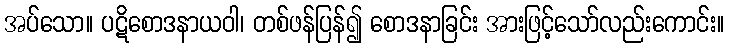
အပ်သော။ ပဋိစောဒနာယဝါ၊ တစ်ဖန်ပြန်၍ စောဒနာခြင်း အားဖြင့်သော်လည်းကောင်း။